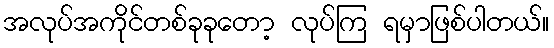
အလုပ်အကိုင်တစ်ခုခုတော့ လုပ်ကြ ရမှာဖြစ်ပါတယ်။